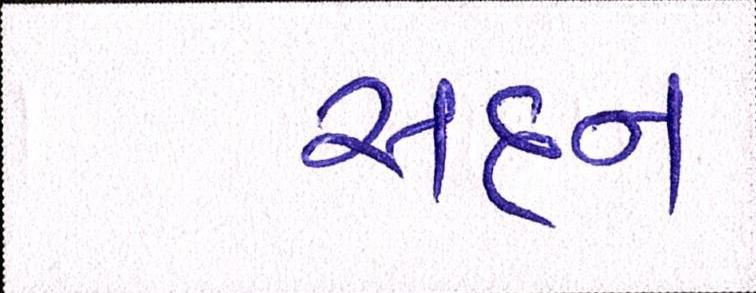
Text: સદન